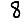
Digit: 8